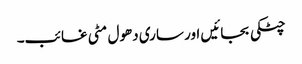
چٹکی بجائیں اور ساری دھول مٹی غائب۔